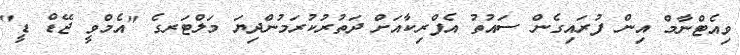
ވިއެޓްނާމް އިން ފުރައިގެން ސައުތު އެފްރިކާއަށް ދަތުރުކުރަމުންދިޔަ މަލްޓަރގެ "އެމްވީ ޖޭޑް ޑީ"